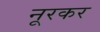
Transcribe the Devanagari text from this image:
नूरकर